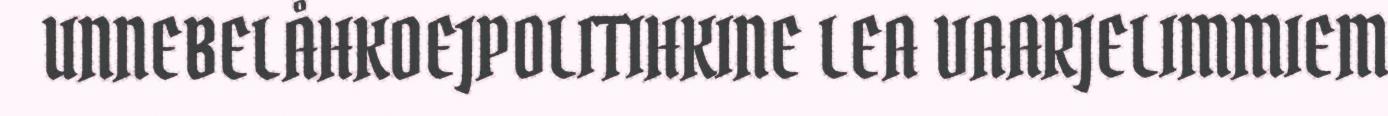
UNNEBELÅHKOEJPOLITIHKINE LEA VAARJELIMMIEM